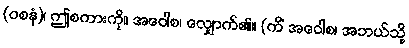
(ဝစနံ)၊ ဤစကားကို။ အဝေါစ၊ လျှောက်၏။ (ကိံ အဝေါစ၊ အဘယ်သို့